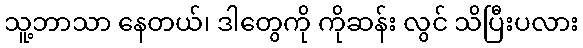
သူ့ဘာသာ နေတယ်၊ ဒါတွေကို ကိုဆန်း လွင် သိပြီးပလား